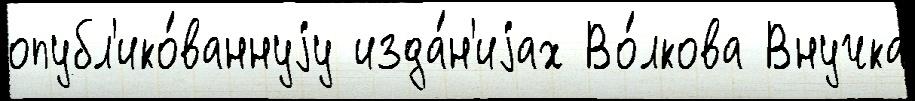
опубл'ико́ваннуjу изда́н'иjах Во́лкова Внучка